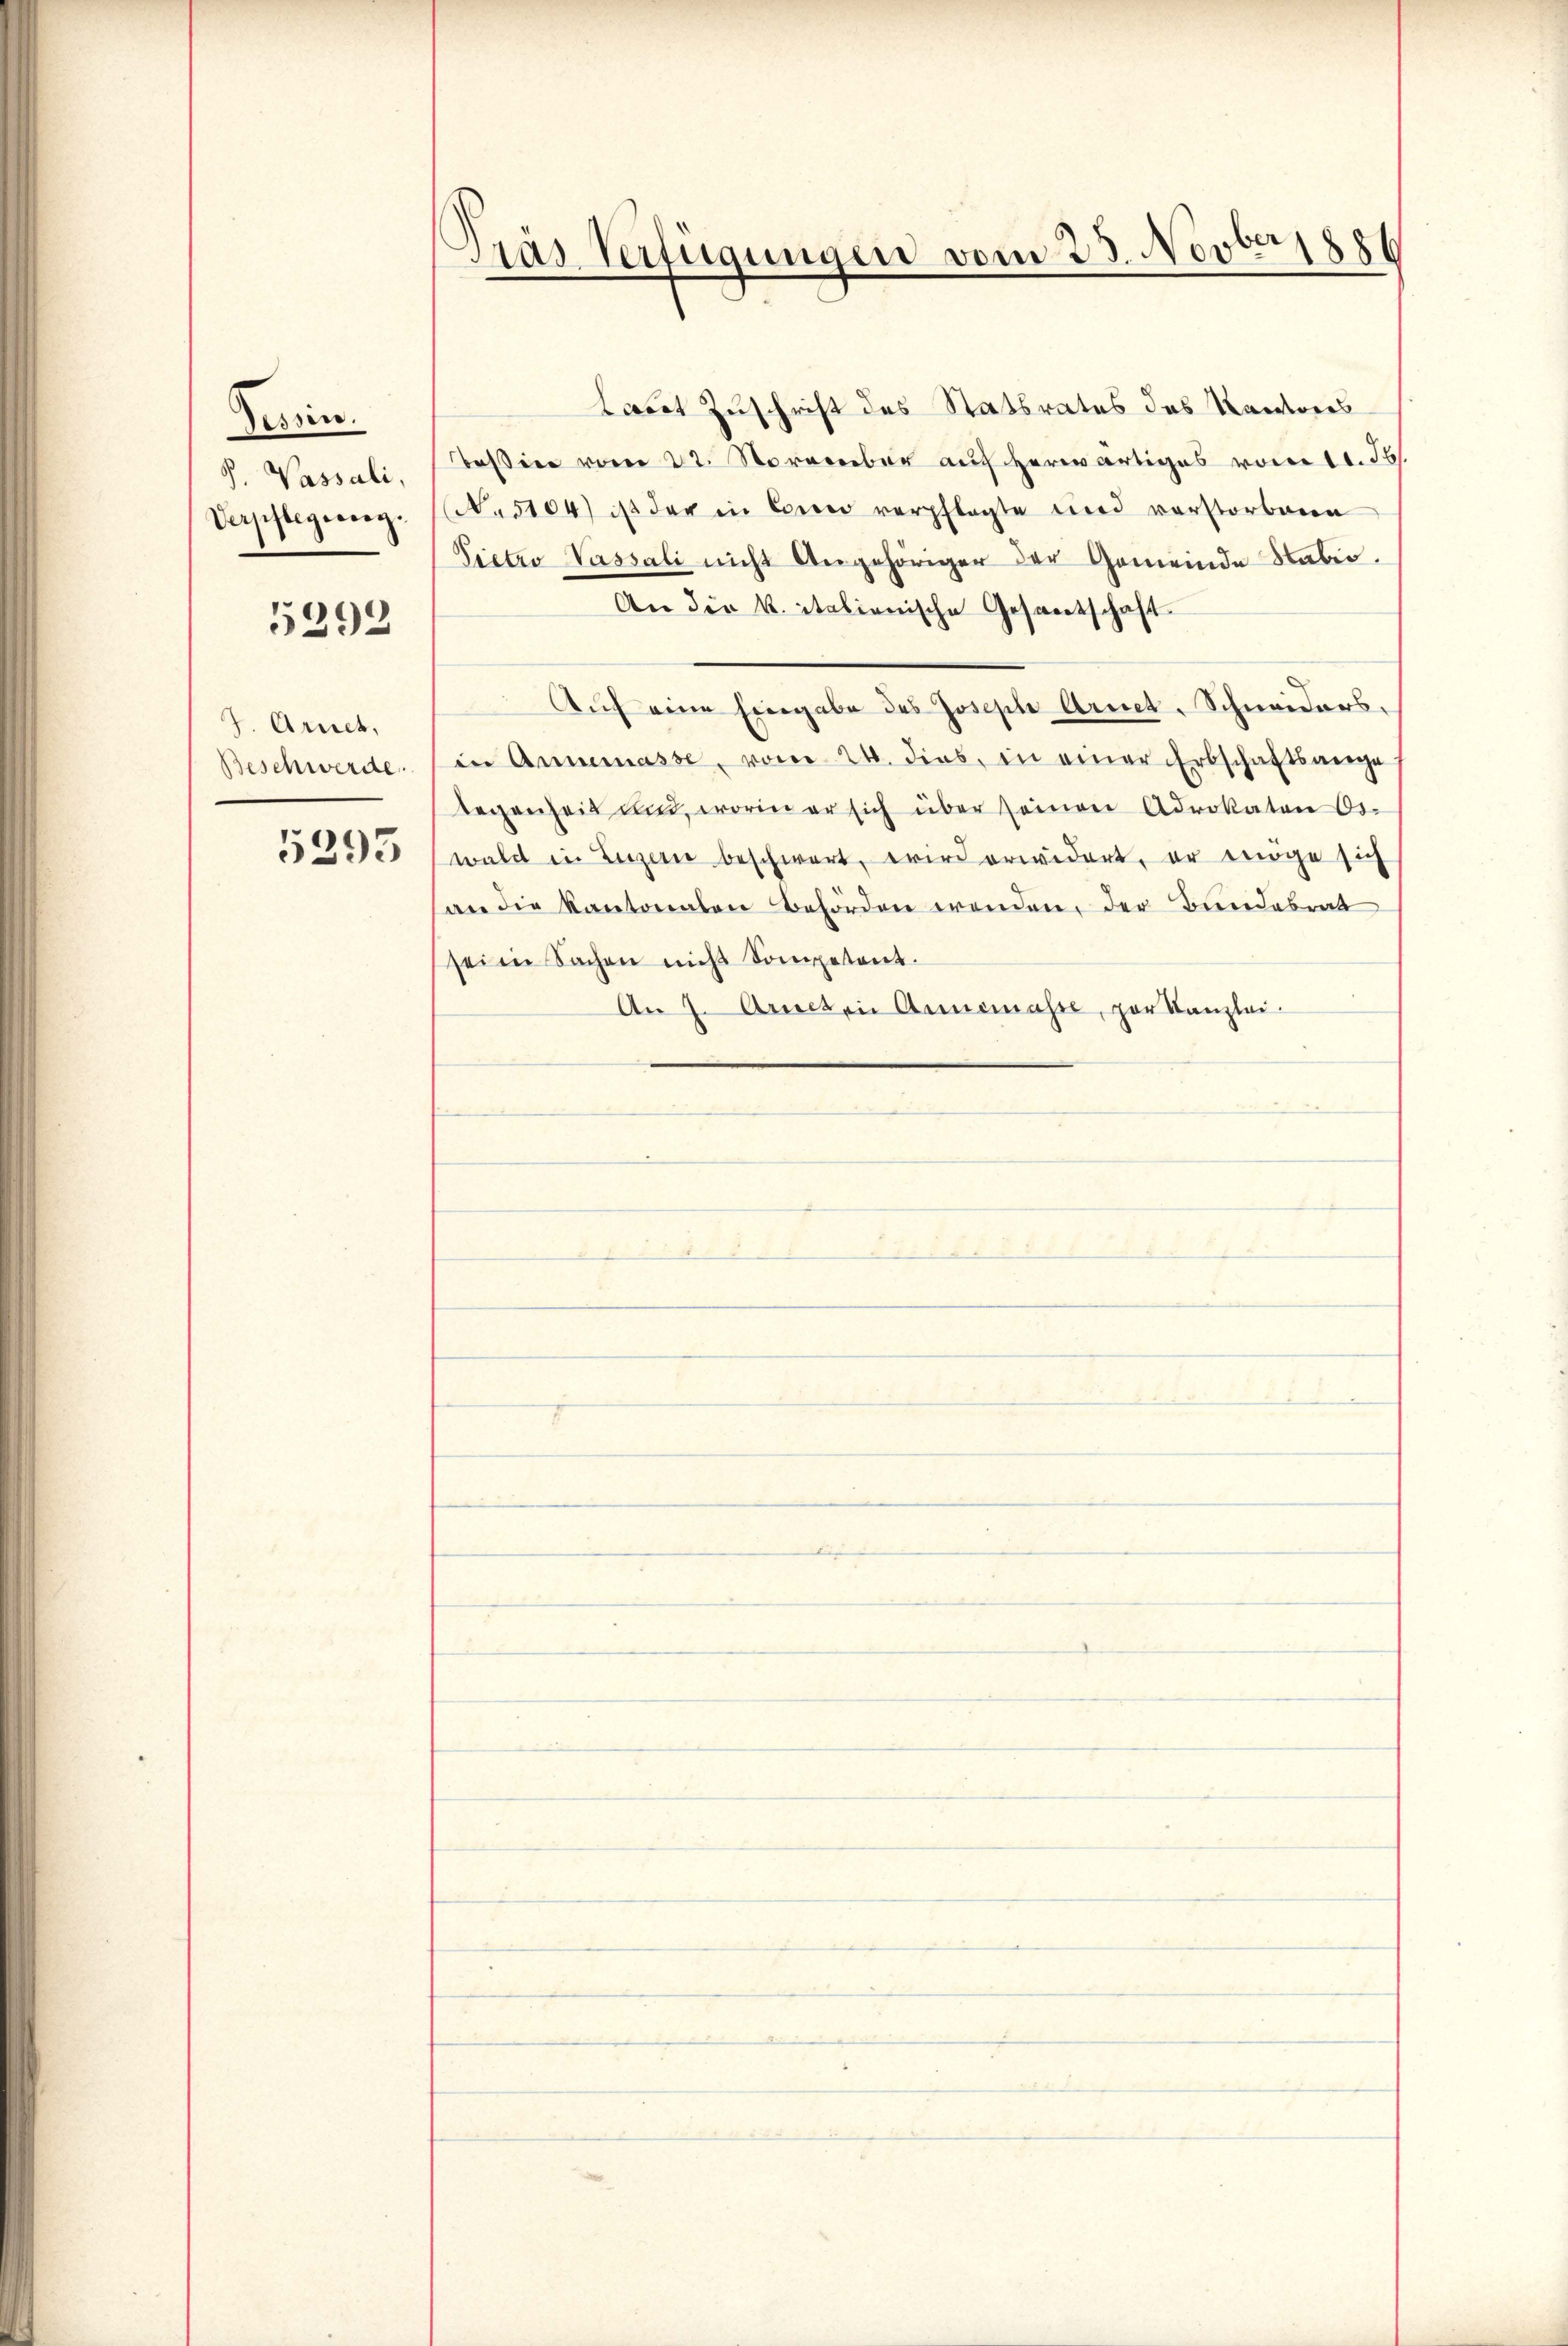
Tessin.
P. Vassali,
Verpflegerieg.

5392

J. Arnet,
Beschwerde

5293

Pras Verfügungen vom 23. Novber 1886

Laut Zuschrift des Statsrates des Kantons
Baßin vom 22. November auf herwärtiges vom 11. Js.
No 5104) ist der in Comeo verpflegte und verstorbene
Pietro Vassali nicht Angehöriger der Gemeinde Sabis.
An die k. italienische Gesantschaft.
Auf eine hingabe des Joseph Arnet. Schneiders.
in Annemasse, vom 24. dies, in einer Erbschaftsange
legenheit aus, worin er sich über seinen Advokaten Or-
wald in Luzern beschwert, wird erwidert, er möge sich
an die Kantonalen Behörden wenden, der Bundebrat
sein Sachen nicht Sompetent.
An 7. Arnet in Annemasse, par Kanzlei.